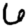
Digit: 2